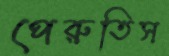
পেরুতিস